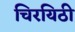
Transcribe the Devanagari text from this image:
चिरयिठी